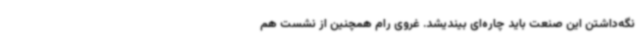
نگه‌داشتن این صنعت باید چاره‌ای بیندیشد. غروی رام همچنین از نشست هم